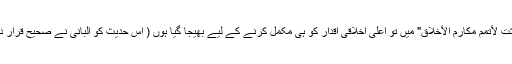
"إنما بعثت لأتمم مكارم الأخلاق" میں تو اعلٰی اخلاقی اقدار کو ہی مکمل کرنے کے لیے بھیجا گیا ہوں ( اس حدیث کو البانی نے صحیح قرار دیا ہے)۔